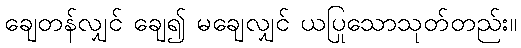
ချေတန်လျှင် ချေ၍ မချေလျှင် ယပြုသောသုတ်တည်း။